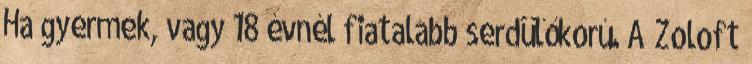
Ha gyermek, vagy 18 évnél fiatalabb serdülőkorú. A Zoloft